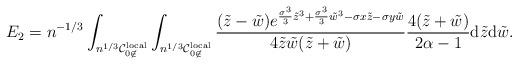
LaTeX: \begin{align*}E_2 = n^{-1/3}\int_{n^{1/3}\mathcal{C}_{0\not\in}^{\rm local}} \int_{n^{1/3}\mathcal{C}_{0\not\in}^{\rm local}} \frac{(\tilde z-\tilde w)e^{\frac{\sigma^3}{3}\tilde z^3 + \frac{\sigma^3}{3}\tilde w^3 -\sigma x\tilde z -\sigma y\tilde w }}{4\tilde z\tilde w(\tilde z+\tilde w)} \frac{4(\tilde z +\tilde w)}{2\alpha-1}\mathrm{d}\tilde z\mathrm{d}\tilde w.\end{align*}